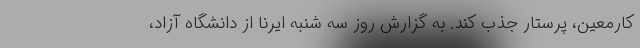
کارمعین، پرستار جذب کند. به گزارش روز سه شنبه ایرنا از دانشگاه آزاد،